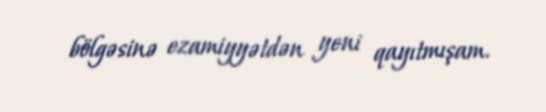
bölgəsinə ezamiyyətdən yeni qayıtmışam.